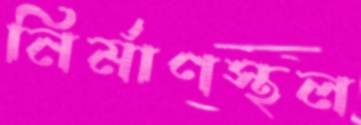
নির্মাণস্থল